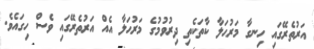
އަރުތެރޭގައި ހިނގާ މަރުޙަލާ ކާތަކެތި ދިރުވުމުގެ މަރުޙަލާ އެއް އަރުތެރޭގައި ވެސް ހިގައެވެ.